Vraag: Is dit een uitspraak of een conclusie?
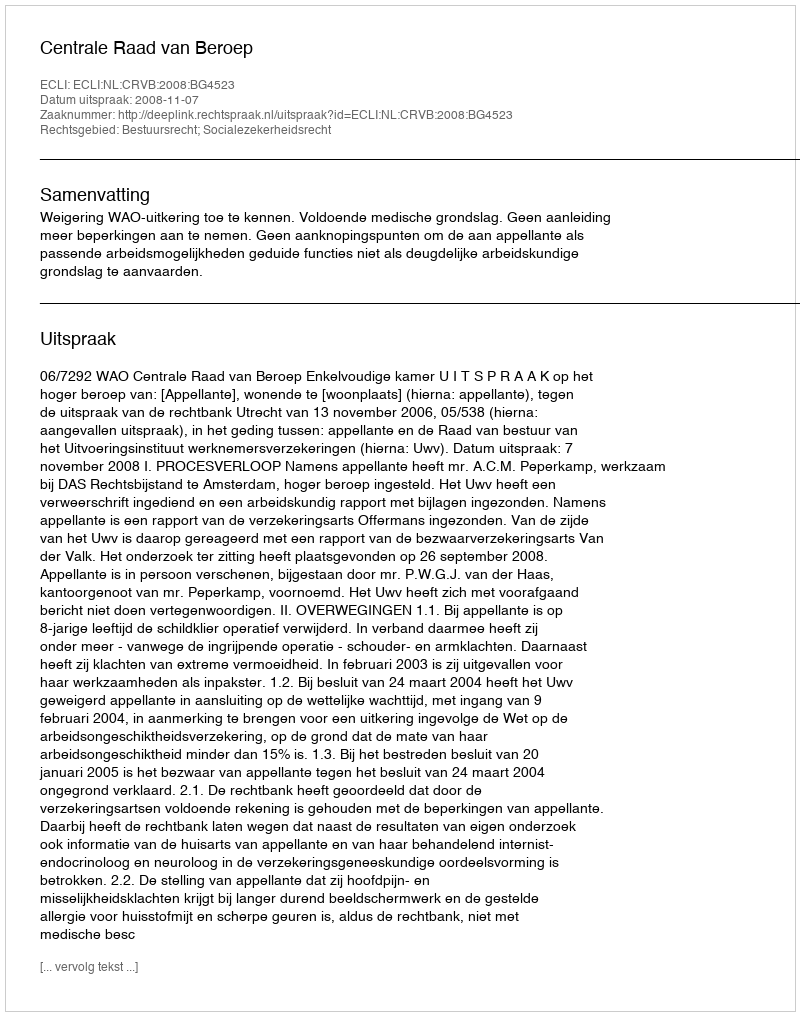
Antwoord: Uitspraak